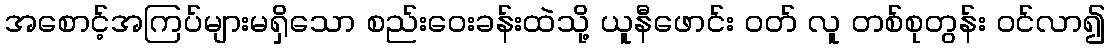
အစောင့်အကြပ်များမရှိသော စည်းဝေးခန်းထဲသို့ ယူနီဖောင်း ဝတ် လူ တစ်စုတွန်း ဝင်လာ၍